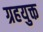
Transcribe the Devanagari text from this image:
ग्रहयुक्त